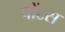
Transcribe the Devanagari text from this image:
पोंटस